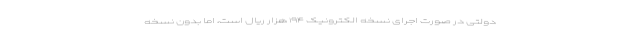
دولتی در صورت اجرای نسخه الکترونیک ۱۹۴ هزار ریال است، اما بدون نسخه